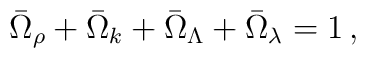
\bar{\Omega}_\rho+\bar{\Omega}_k+\bar{\Omega}_\Lambda+\bar{\Omega}_\lambda = 1\,,